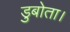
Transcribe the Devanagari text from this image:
डुबोता।